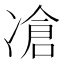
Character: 凔